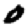
Digit: 0